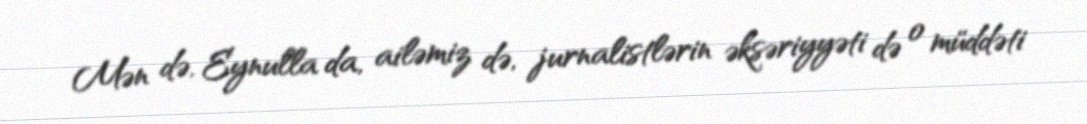
Mən də, Eynulla da, ailəmiz də, jurnalistlərin əksəriyyəti də o müddəti